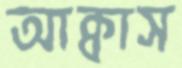
আক্বাস